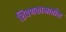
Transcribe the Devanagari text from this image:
शिवणकामातील